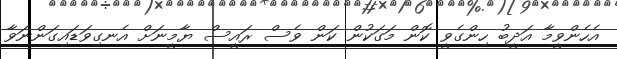
އެހެންވީމާ އަދީބު ހިންގެވީ ކޮން މަގަކުން ކަން ވެސް ރައީސް ޔާމީނަށް އެނގިވަޑައިގަންނަވާ